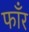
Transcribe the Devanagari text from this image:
फाँर